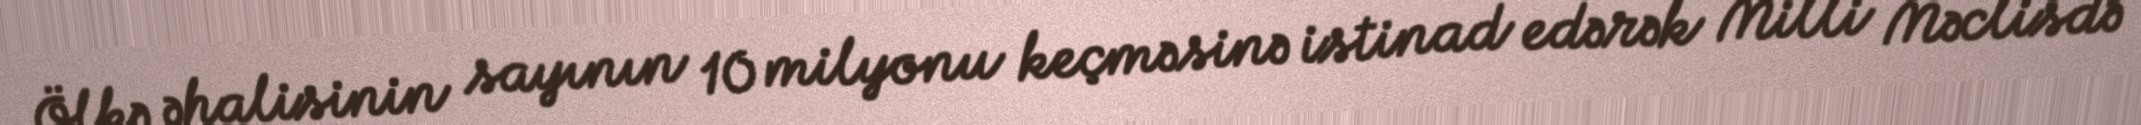
Ölkə əhalisinin sayının 10 milyonu keçməsinə istinad edərək Milli Məclisdə